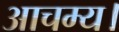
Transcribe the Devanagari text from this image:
आचम्य।